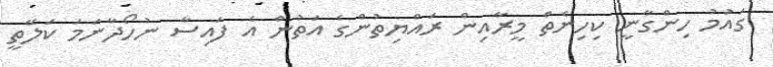
ގައުމު ހިންގާނީ ކިހިނެތް މީރާއިން ރައްޔިތުންގެ އަތުން އެ ފައިސާ ނުހޯދާނަމަ ކަލޭތީ